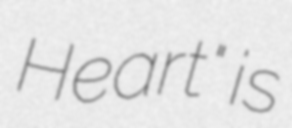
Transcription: Heart" is